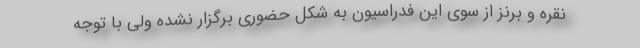
نقره و برنز از سوی این فدراسیون به شکل حضوری برگزار نشده ولی با توجه